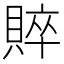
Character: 賥